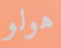
هولو